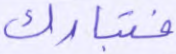
فتبارك